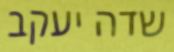
שדה יעקב